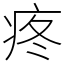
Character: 疼